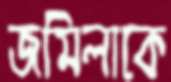
জমিলাকে